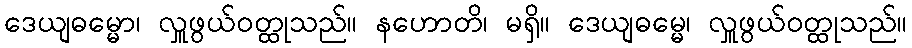
ဒေယျဓမ္မော၊ လှူဖွယ်ဝတ္ထုသည်။ နဟောတိ၊ မရှိ။ ဒေယျဓမ္မေ၊ လှူဖွယ်ဝတ္ထုသည်။